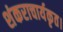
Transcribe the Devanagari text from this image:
शंकराचार्यकृत।